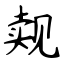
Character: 觌